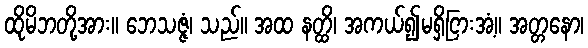
ထိုမိဘတို့အား။ ဘေသဇ္ဇံ၊ သည်။ အထ နတ္ထိ၊ အကယ်၍မရှိငြားအံ့။ အတ္တနော၊